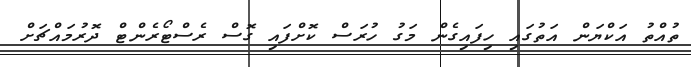
ތުއްތު އަކްޔަން އަތުގައި ހިފައިގެން މަގު ހުރަސް ކޮށްފައި ގޮސް ރެސްޓޯރެންޓް ދޮރުމައްޗަށް